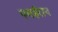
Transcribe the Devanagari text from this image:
पमईरान